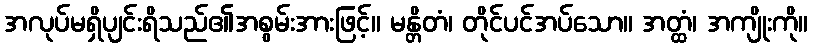
အလုပ်မရှိပျင်းရိသည်၏အစွမ်းအားဖြင့်။ မန္တိတံ၊ တိုင်ပင်အပ်သော။ အတ္ထံ၊ အကျိုးကို။